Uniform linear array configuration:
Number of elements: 24
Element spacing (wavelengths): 0.25
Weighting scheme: exponential
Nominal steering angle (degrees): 30
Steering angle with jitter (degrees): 29.554
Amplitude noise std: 0.05
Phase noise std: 0.05

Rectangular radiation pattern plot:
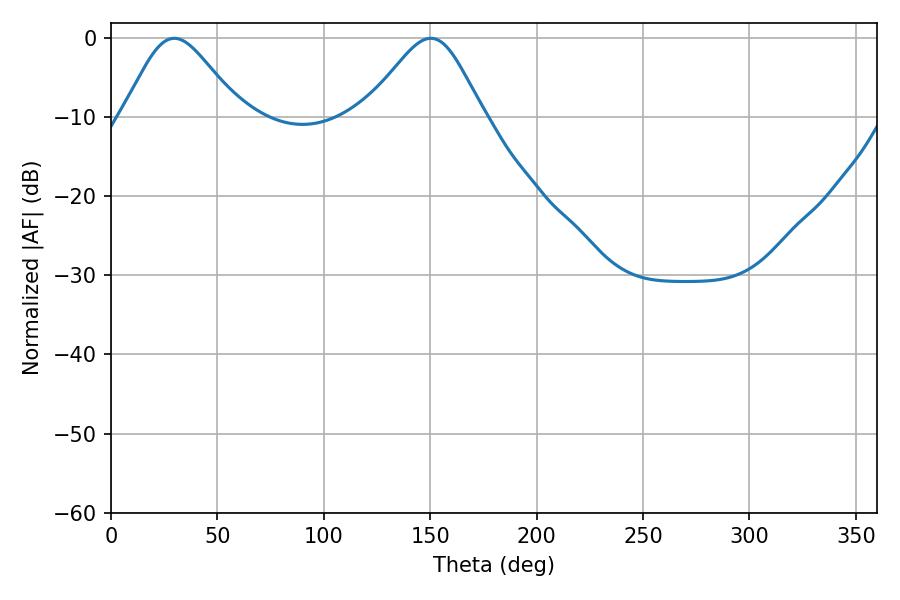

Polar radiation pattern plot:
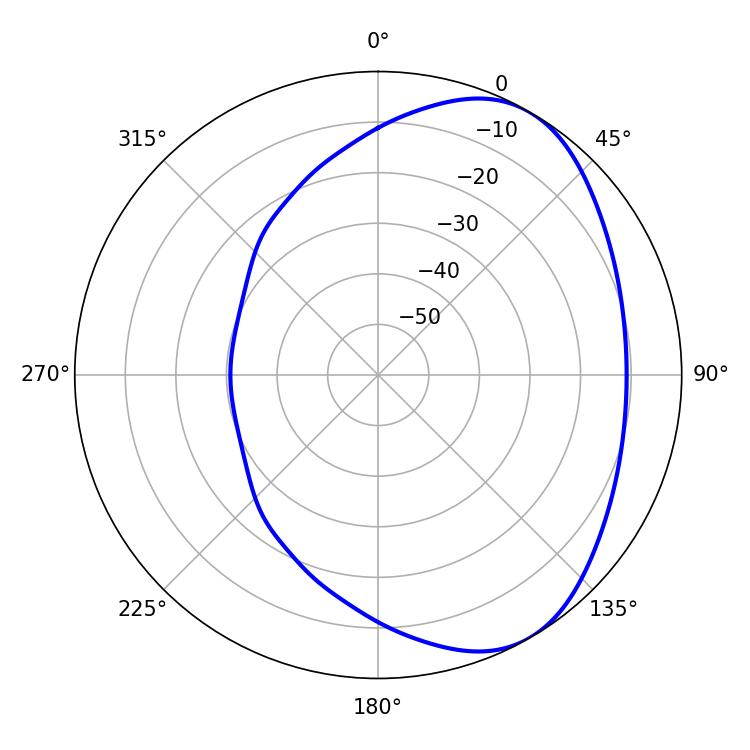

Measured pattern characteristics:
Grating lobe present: FALSE
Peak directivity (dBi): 4.926
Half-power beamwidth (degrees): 27.36
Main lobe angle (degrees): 29.7